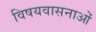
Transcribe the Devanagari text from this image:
विषयवासनाओं